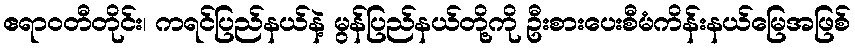
ဧရာဝတီတိုင်း၊ ကရင်ပြည်နယ်နဲ့ မွန်ပြည်နယ်တို့ကို ဦးစားပေးစီမံကိန်းနယ်မြေအဖြစ်